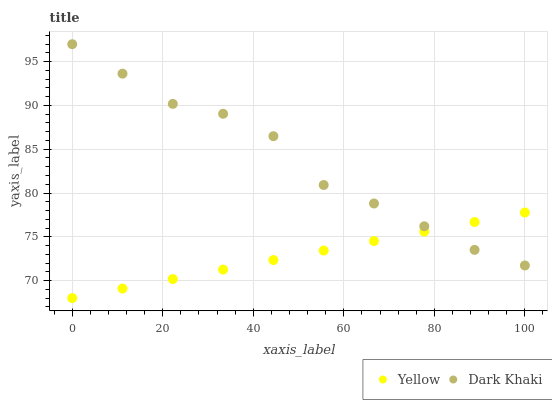
| xaxis_label | Yellow | Dark Khaki |
 | --- | --- | --- |
 | 0 | 68 | 97 |
 | 11.1 | 69.1 | 93.6 |
 | 22.2 | 70.2 | 90.2 |
 | 33.3 | 71.3 | 89.1 |
 | 44.4 | 72.3 | 86.5 |
 | 55.6 | 73.4 | 80.9 |
 | 66.7 | 74.5 | 78.8 |
 | 77.8 | 75.6 | 76.2 |
 | 88.9 | 76.7 | 73.5 |
 | 100 | 77.8 | 71.7 |